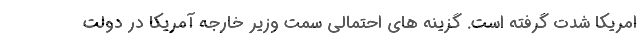
امریکا شدت گرفته است. گزینه های احتمالی سمت وزیر خارجه آمریکا در دولت